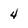
Character: 4